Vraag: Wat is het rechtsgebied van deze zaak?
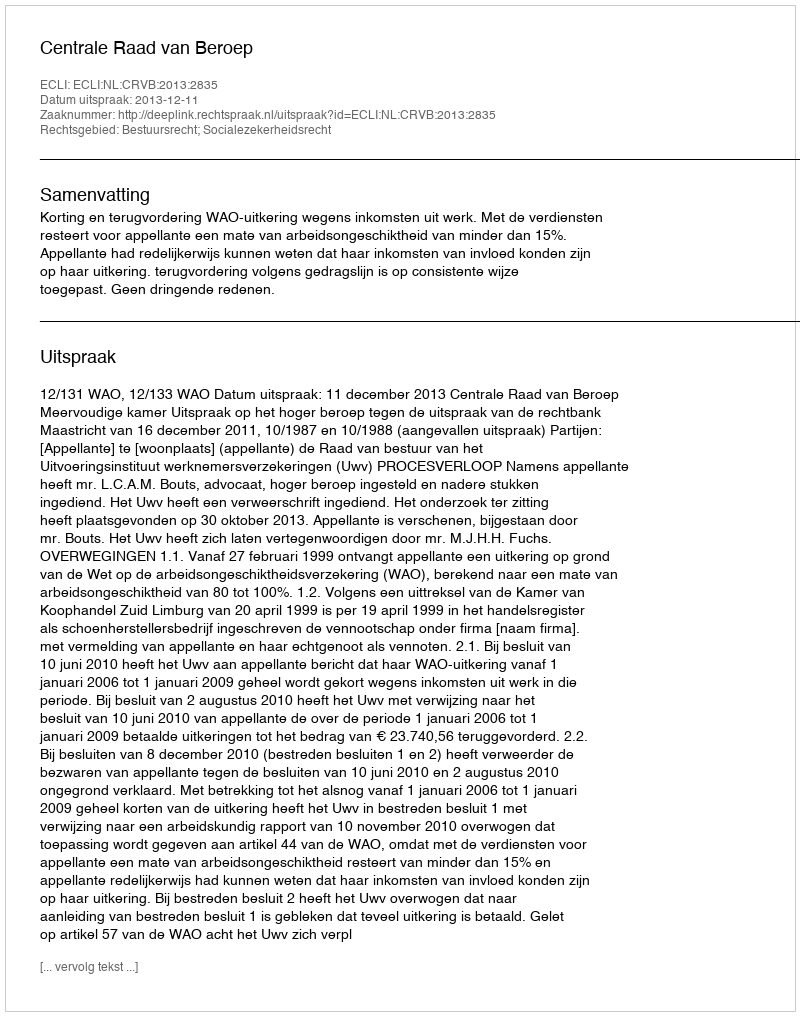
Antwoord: Bestuursrecht; Socialezekerheidsrecht